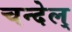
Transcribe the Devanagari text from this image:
चन्देल्